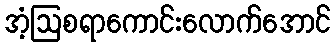
အံ့ဩစရာကောင်းလောက်အောင်